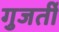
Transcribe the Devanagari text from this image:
गुजर्ती